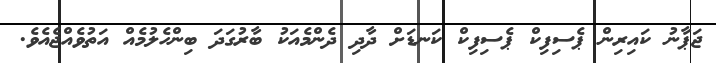
ޖަޕާނު ކައިރިން ޕެސިފިކް ޕެސިފިކް ކަނޑަށް ދާދި ދެންމެއަކު ބާރުގަދަ ބިންހެލުމެއް އަތުވެއްޖެއެވެ.